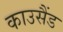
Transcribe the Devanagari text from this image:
काउसैंड